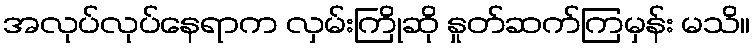
အလုပ်လုပ်နေရာက လှမ်းကြိုဆို နှုတ်ဆက်ကြမှန်း မသိ။